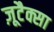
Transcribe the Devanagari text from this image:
ज़ूटैक्सा